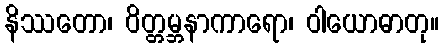
နိဿတော၊ ဝိတ္တမ္ဘနာကာရော၊ ဝါယောဓာတု။